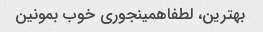
بهترین، لطفاهمینجوری خوب بمونین